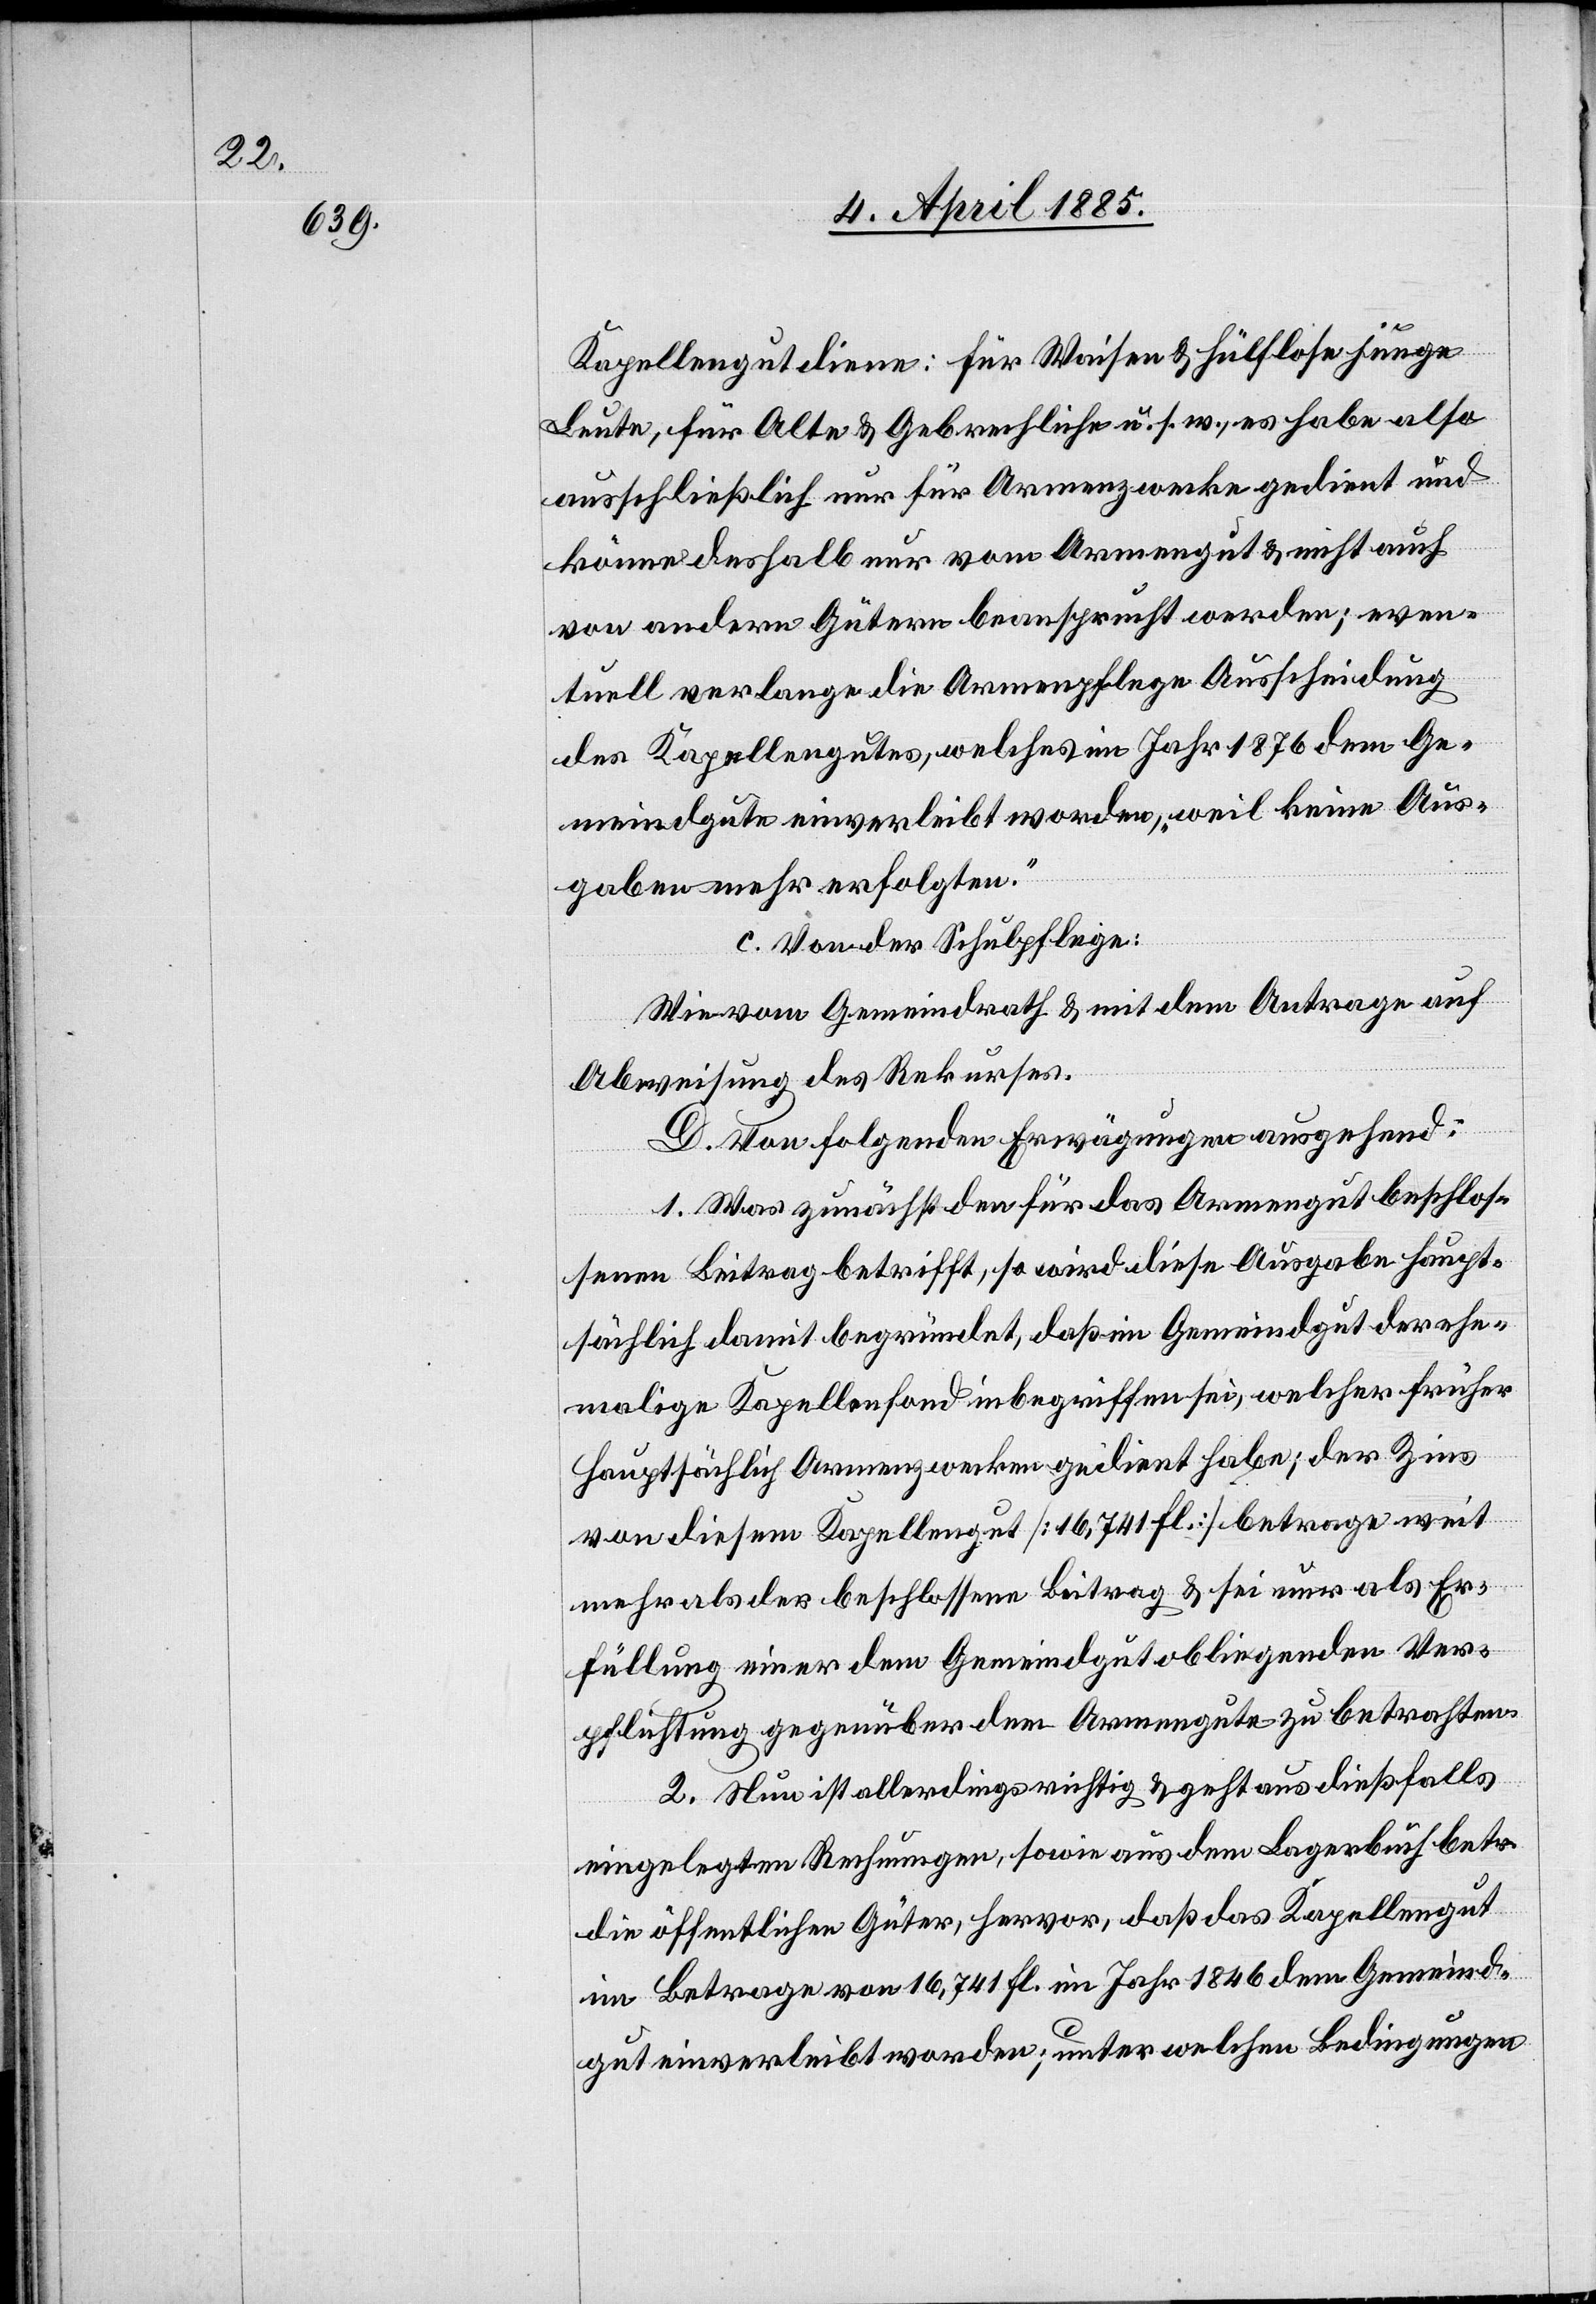
Kapellengut diene: für Waisen & hülflose junge
Leute, für Alte & Gebrechliche u. s. w., es habe also
ausschließlich nur für Armenzwecke gedient und
könne deshalb nur vom Armengut & nicht auch
von andern Gütern beansprucht werden; even¬
tuell verlange die Armenpflege Ausscheidung
des Kapellengutes, welches im Jahr 1876 dem Ge¬
meindegute einverleibt worden, „weil keine Aus¬
gaben mehr erfolgten.“
c. Von der Schulpflege:
Wie vom Gemeindrath & mit dem Antrage auf
Abweisung des Rekurses.
D. Von folgenden Erwägungen ausgehend:
1. Was zunächst den für das Armengut beschlos¬
senen Beitrag betrifft, so wird diese Ausgabe haupt¬
sächlich damit begründet, daß im Gemeindgut der ehe¬
malige Kapellenfond inbegriffen sei, welcher früher
hauptsächlich Armenzwecken gedient habe; der Zins
von diesem Kapellengut [16,741 fl] betrage weit
mehr als der beschlossene Beitrag & sei nur als Er¬
füllung einer dem Gemeindgut obliegenden Ver¬
pflichtung gegenüber dem Armengute zu betrachten.
2. Nun ist allerdings richtig & geht aus dießfalls
eingelegten Rechnungen, sowie aus dem Lagerbuch betr.
die öffentlichen Güter hervor, daß das Kapellengut
im Betrage von 16,741 fl. im Jahr 1846 dem Gemeind¬
gut einverleibt worden; unter welchen Bedingungen